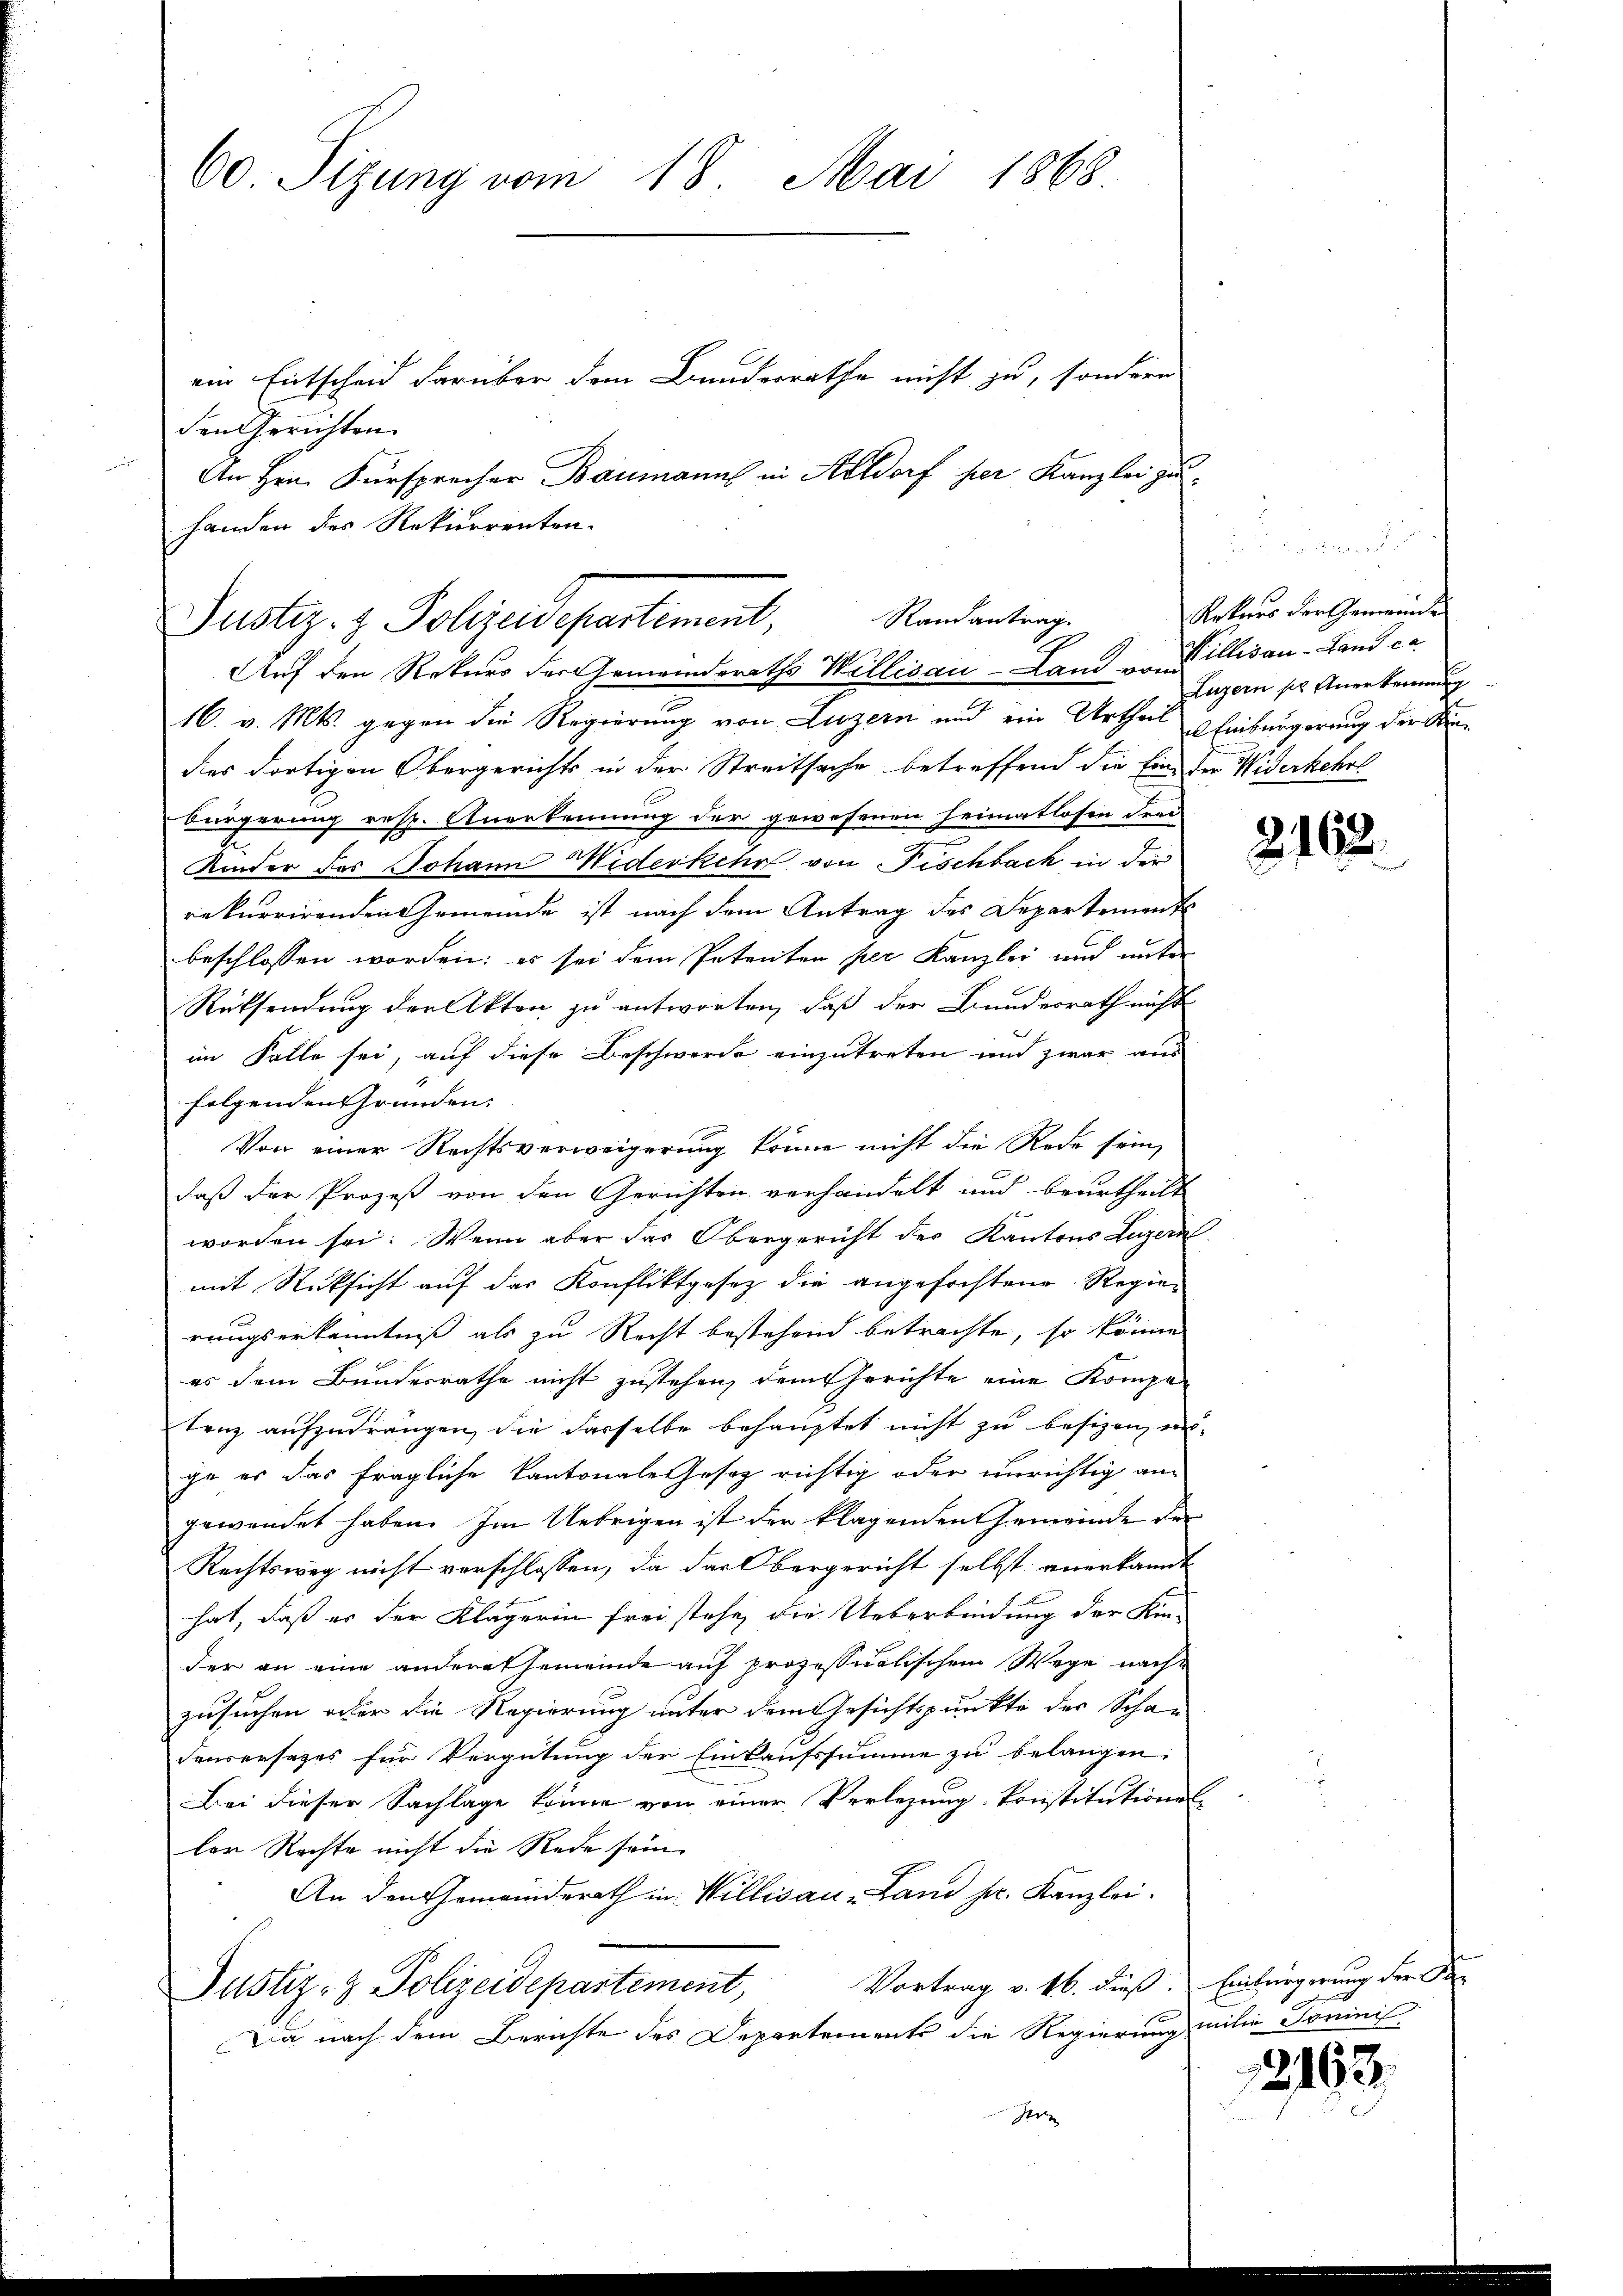
60 Sitzung vom 18. Mai 1868

ein Entscheid darüber dem Bunderrathe nicht zu, sondern
den Gerichten.
An Hrn. Fürsprecher Baumanns in Altdorf her Kanzlei zuhanden des Rekurrenten.

Randantrag.
Justiz- & Polizeidepartement,
Auf den Rekurs der Gemeinderaths Willisau-Land von Billisau-Land ca

16. v. Mts. gegen die Regierung von Luzern und ein Urtheil Einbürgerung der Kindies dortigen Obergerichts in der Streitsache betreffend die Eine der Widerkehrs
Bürgerung resp. Anerkennung der gewesenen Heimatlosen drei
Kinder des Johann Widerkehr von Fischbach in der
rekurrirenden Gemeinde ist nach dem Antrag des Departement
beschlossen worden; es sei dem Petenten per Kanzlei und unter
Rüksendung der Akten zu antworten, daß der Bundesrath nicht
im Falle sei, auf diese Beschwerde einzutreten und zwar aus
folgenden Gründen:
Von einer Rechtsverweigerung könne nicht die Rede sein,
daß der Prozeß von den Gerichten verhandelt und beurtheilt
worden sei. Wenn aber das Obergericht des Kantons Luzern
mit Rücksicht auf das Konfliktgesez die angefochtene Regieruugserkenntniß als zu Recht bestehend betrachte, so könne
es dem Bundesrathe nicht zustehen, dem Gerichte eine Kompe-
tenz aufzudrängen, die dasselbe behauptet nicht zu besizen, unge es das fragliche Kantonale Gesetz richtig oder unrichtig an
gewendet haben. Im Uebrigen ist der klagenden Gemeinde der
Rechtsweg nicht verschlossen, da das Obergericht selbst anerkannt
hat, daß es der Klägerin frei stehe, die Ueberbindung der Kin-
der an eine andere Gemeinde auf prozessualischem Wege nachzusuchen oder die Regierung unter dem Gesichtspunkte der Scha-
denversages für Vergütung der Einkaufssumme zu belangen.
Bei dieser Sachlage könne von einer Verlegung konstitutiones
ler Rechte nicht die Rede sein.
An den Gemeinderath in Willisau -Land sr. Kanzlei.
Vortrag v. 16. dieß. Einbürgerung der Be-
Justiz- & Polizeidepartement,
Da nach dem Berichte des Departements die Regierung milie Tominis
Jerz

Rekurs der Gemeinde
Luzern so Anerkennung

2162.

2163.